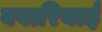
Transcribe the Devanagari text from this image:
बवारियाई